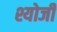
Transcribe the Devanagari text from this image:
श्योजी